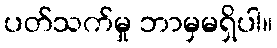
ပတ်သက်မှု ဘာမှမရှိပါ။